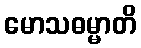
မောသဓမ္မာတိ